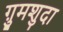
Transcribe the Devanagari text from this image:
ग़ुमशुदा